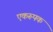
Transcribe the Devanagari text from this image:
एकरूपक